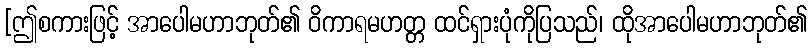
[ဤစကားဖြင့် အာပေါမဟာဘုတ်၏ ဝိကာရမဟတ္တ ထင်ရှားပုံကိုပြသည်၊ ထိုအာပေါမဟာဘုတ်၏